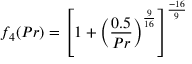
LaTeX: f _ { 4 } ( P r ) = \left[ 1 + \left( { \frac { 0 . 5 } { P r } } \right) ^ { \frac { 9 } { 1 6 } } \right] ^ { \frac { - 1 6 } { 9 } }